Vaccination in Burma 1889-1999 - 1889-1999
Year: 1889
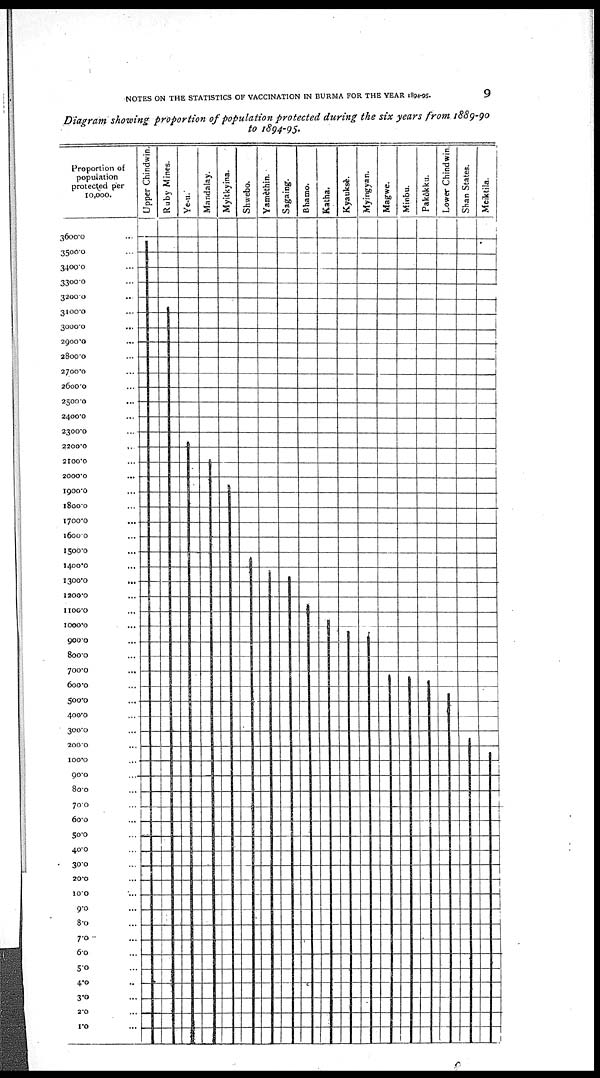
NOTES ON THE STATISTICS OF VACCINATION IN BURMA FOR THE YEAR 1894-95.
9
Diagram showing proportion of population protected during the six years from 1889-90
to 1894-95.